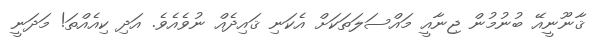
ޤާނޫނީއޭ ބުނުމުން ޖިނާއީ މައްސަލަތަކަށް އެކަނި ޤައިދެއް ނުވެއެވެ. އަދި ކިއެއްތަ! މަދަނީ